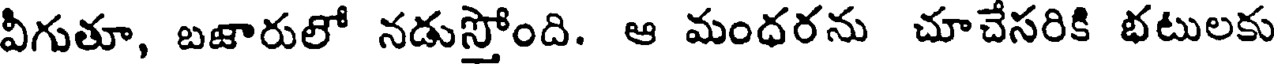
వీగుతూ, బజారులో నడుస్తోంది. ఆ మంధరను చూచేసరికి భటులకు